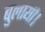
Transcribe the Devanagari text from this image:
बुलायी।